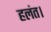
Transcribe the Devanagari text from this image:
हलंत।